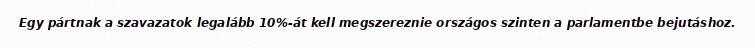
Egy pártnak a szavazatok legalább 10%-át kell megszereznie országos szinten a parlamentbe bejutáshoz.